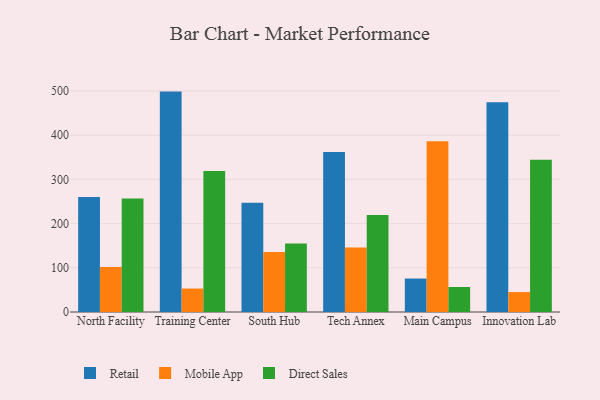
{"axis": {"x": "Campus", "y": "Temperature (°C)"}, "legend": ["Direct Sales", "Mobile App", "Retail"], "data": [{"x": "North Facility", "y": 260.0, "type": "Retail"}, {"x": "North Facility", "y": 101.8, "type": "Mobile App"}, {"x": "North Facility", "y": 257.0, "type": "Direct Sales"}, {"x": "Training Center", "y": 498.6, "type": "Retail"}, {"x": "Training Center", "y": 53.1, "type": "Mobile App"}, {"x": "Training Center", "y": 319.0, "type": "Direct Sales"}, {"x": "South Hub", "y": 247.3, "type": "Retail"}, {"x": "South Hub", "y": 135.6, "type": "Mobile App"}, {"x": "South Hub", "y": 154.7, "type": "Direct Sales"}, {"x": "Tech Annex", "y": 362.2, "type": "Retail"}, {"x": "Tech Annex", "y": 145.7, "type": "Mobile App"}, {"x": "Tech Annex", "y": 219.4, "type": "Direct Sales"}, {"x": "Main Campus", "y": 75.7, "type": "Retail"}, {"x": "Main Campus", "y": 386.5, "type": "Mobile App"}, {"x": "Main Campus", "y": 56.5, "type": "Direct Sales"}, {"x": "Innovation Lab", "y": 474.7, "type": "Retail"}, {"x": "Innovation Lab", "y": 45.1, "type": "Mobile App"}, {"x": "Innovation Lab", "y": 344.5, "type": "Direct Sales"}]}